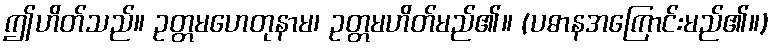
ဤဟိတ်သည်။ ဥတ္တမဟေတုနာမ၊ ဥတ္တမဟိတ်မည်၏။ (ပဓာနအကြောင်းမည်၏။)